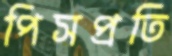
পিসপ্রতি